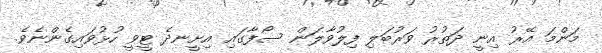
މަންމަ އޭރު އިނީ ދަތުރު ވަރުބަލި ފިލުވާލަން ސޯފާގައި އިށީނދެ ޓީވީ ހުޅުވައިގެންނެވެ.